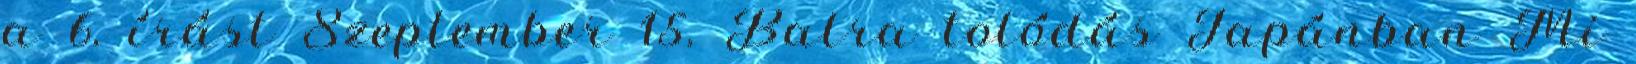
a 6. írást Szeptember 15. Balra tolódás Japánban Mi